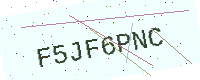
Text: F5JF6PNC